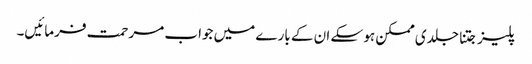
پلیز جتنا جلدی ممکن ہو سکے ان کے بارے میں جواب مرحمت فرمائیں۔